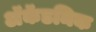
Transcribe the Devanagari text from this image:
अॅकॅडमिक